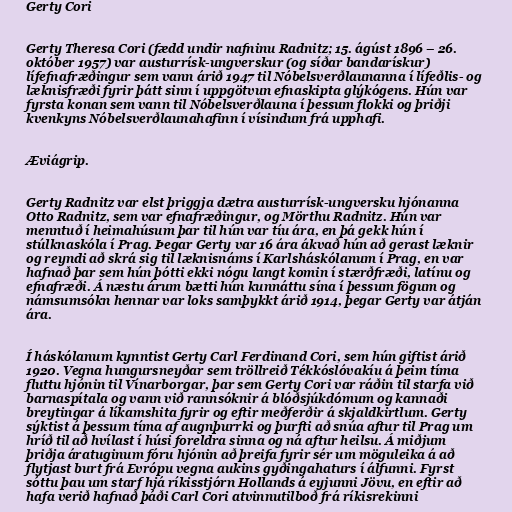
Gerty Cori

Gerty Theresa Cori (fædd undir nafninu Radnitz; 15. ágúst 1896 – 26.
október 1957) var austurrísk-ungverskur (og síðar bandarískur)
lífefnafræðingur sem vann árið 1947 til Nóbelsverðlaunanna í lífeðlis- og
læknisfræði fyrir þátt sinn í uppgötvun efnaskipta glýkógens. Hún var
fyrsta konan sem vann til Nóbelsverðlauna í þessum flokki og þriðji
kvenkyns Nóbelsverðlaunahafinn í vísindum frá upphafi.

Æviágrip.

Gerty Radnitz var elst þriggja dætra austurrísk-ungversku hjónanna
Otto Radnitz, sem var efnafræðingur, og Mörthu Radnitz. Hún var
menntuð í heimahúsum þar til hún var tíu ára, en þá gekk hún í
stúlknaskóla í Prag. Þegar Gerty var 16 ára ákvað hún að gerast læknir
og reyndi að skrá sig til læknisnáms í Karlsháskólanum í Prag, en var
hafnað þar sem hún þótti ekki nógu langt komin í stærðfræði, latínu og
efnafræði. Á næstu árum bætti hún kunnáttu sína í þessum fögum og
námsumsókn hennar var loks samþykkt árið 1914, þegar Gerty var átján
ára.

Í háskólanum kynntist Gerty Carl Ferdinand Cori, sem hún giftist árið
1920. Vegna hungursneyðar sem tröllreið Tékkóslóvakíu á þeim tíma
fluttu hjónin til Vínarborgar, þar sem Gerty Cori var ráðin til starfa við
barnaspítala og vann við rannsóknir á blóðsjúkdómum og kannaði
breytingar á líkamshita fyrir og eftir meðferðir á skjaldkirtlum. Gerty
sýktist á þessum tíma af augnþurrki og þurfti að snúa aftur til Prag um
hríð til að hvílast í húsi foreldra sinna og ná aftur heilsu. Á miðjum
þriðja áratuginum fóru hjónin að þreifa fyrir sér um möguleika á að
flytjast burt frá Evrópu vegna aukins gyðingahaturs í álfunni. Fyrst
sóttu þau um starf hjá ríkisstjórn Hollands á eyjunni Jövu, en eftir að
hafa verið hafnað þáði Carl Cori atvinnutilboð frá ríkisrekinni